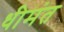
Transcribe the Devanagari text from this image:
धीमंत